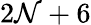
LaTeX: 2\mathcal{N}+6